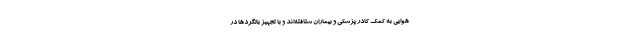
هوایی به کمک کادر پزشکی و بیماران شتافته‌اند و با تجهیز بالگردها در